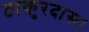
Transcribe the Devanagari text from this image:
ठाकुरदास।